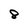
Character: 8